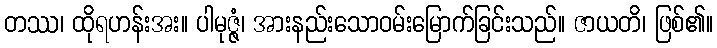
တဿ၊ ထိုရဟန်းအး။ ပါမုဇ္ဇံ၊ အားနည်းသောဝမ်းမြောက်ခြင်းသည်။ ဇာယတိ၊ ဖြစ်၏။